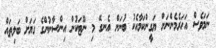
ނަމަވެސް އަހަރެމެންނަށް ޔަގީންކަމާއެކު ބުނަން އެނގޭ މި ނޫޓަކުން އިންސާނުންގެ ގަޔަށް ބަލިތައް